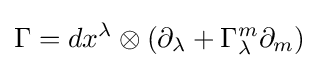
\Gamma =dx^{\lambda }\otimes (\partial _{\lambda }+\Gamma _{\lambda }^{m}\partial _{m})